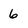
Character: 6